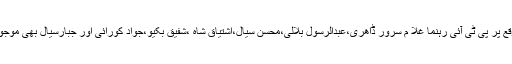
،اس موقع پر پی ٹی آئی رہنما غلا م سرور ڈاھری،عبدالرسول بلالی،محسن سیال،اشتیاق شاہ ،شفیق بکیو،جواد کورائی اور جبارسیال بھی موجود تھے۔